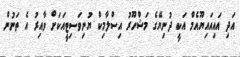
އަދި އައިއައިޔޫއެމް އަކީ ދުނިޔޭގެ މަޝްހޫރު އިސްލާމިކް ޔުނިވަސިޓީއަކަށް ވާއިރު އެ ތަނުން